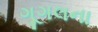
ગૂગલના